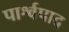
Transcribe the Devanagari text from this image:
पार्श्वपाद